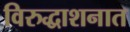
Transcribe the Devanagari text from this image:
विरुद्धाशनात